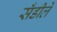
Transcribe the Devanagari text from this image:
सँडीले